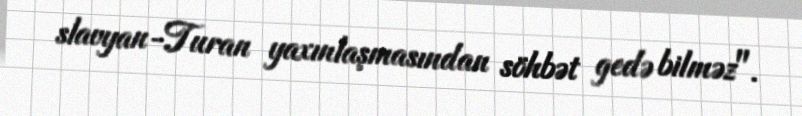
slavyan-Turan yaxınlaşmasından söhbət gedə bilməz".